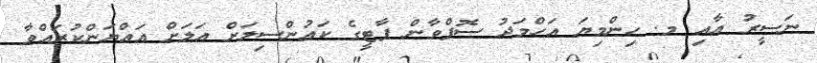
ނަސީރު އާއި މ. ހިންމިޔަ އަހްމަދު ސޮފްވާން ޕާޓީގެ ކައުންސިލަށް އަލަށް އައްޔަންކުރައްވާ